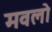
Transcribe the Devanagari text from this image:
मवलो